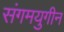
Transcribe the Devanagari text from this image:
संगमयुगीन